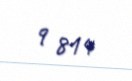
9 814